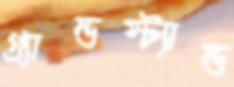
গ্র্যান্ডস্ট্যান্ড